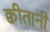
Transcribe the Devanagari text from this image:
क्वीतानी